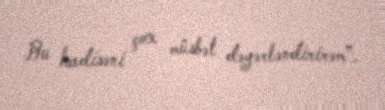
Bu hadisəni çox müsbət dəyərləndirirəm”.